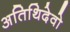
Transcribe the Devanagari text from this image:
अतिथिदेवो